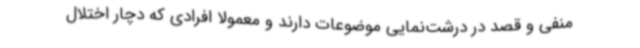
منفی و قصد در درشت‌نمایی موضوعات دارند و معمولا افرادی که دچار اختلال